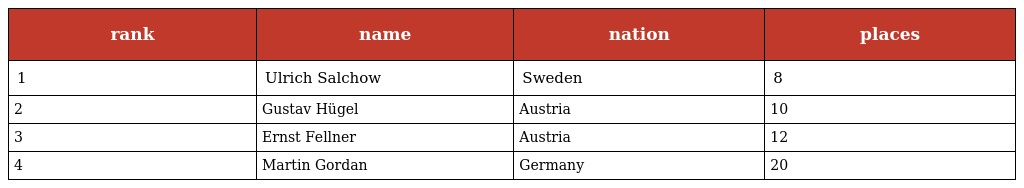
| rank | name | nation | places |
 | --- | --- | --- | --- |
 | 1 | Ulrich Salchow | Sweden | 8 |
 | 2 | Gustav Hügel | Austria | 10 |
 | 3 | Ernst Fellner | Austria | 12 |
 | 4 | Martin Gordan | Germany | 20 |